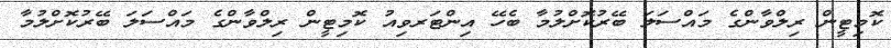
ކޮމިޓީން ރިލްވާންގެ މައްސަލަ ބޭރުކޮށްލުމާ ބެހޭ އިންޓަރވިއު ކޮމިޓީން ރިލްވާންގެ މައްސަލަ ބޭރުކޮށްލުމާ